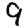
Digit: 9